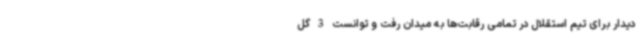
دیدار برای تیم استقلال در تمامی رقابت‌ها به میدان رفت و توانست 3 گل